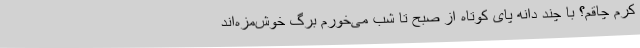
کرم چاقم؟ با چند دانه پای کوتاه از صبح تا شب می‌خورم برگ خوش‌مزه‌اند